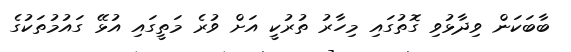
ބާބަކަން ވިދާޅުވި ގޮތުގައި މިހާރު ތުރުކީ އަށް ވުރެ މަތީގައި އުޅޭ ގައުމުތަކުގެ